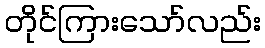
တိုင်ကြားသော်လည်း